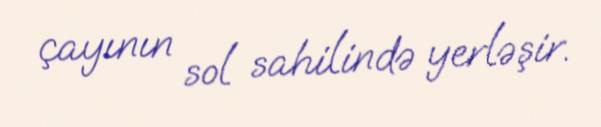
çayının sol sahilində yerləşir.